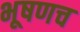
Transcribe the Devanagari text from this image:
भूषणच